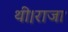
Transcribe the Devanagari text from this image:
थी।राजा